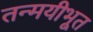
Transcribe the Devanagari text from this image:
तन्मयीभूत